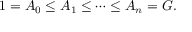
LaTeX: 1 = A _ { 0 } \leq A _ { 1 } \leq \cdots \leq A _ { n } = G .